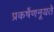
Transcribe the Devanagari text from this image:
प्रकर्षेणनूयते